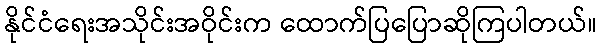
နိုင်ငံရေးအသိုင်းအဝိုင်းက ထောက်ပြပြောဆိုကြပါတယ်။